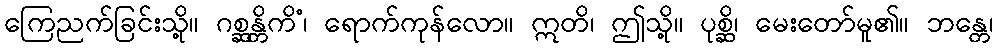
ကြေညက်ခြင်းသို့။ ဂစ္ဆန္တိကိံ၊ ရောက်ကုန်လော။ ဣတိ၊ ဤသို့။ ပုစ္ဆိ၊ မေးတော်မူ၏။ ဘန္တေ၊